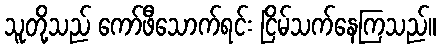
သူတို့သည် ကော်ဖီသောက်ရင်း ငြိမ်သက်နေကြသည်။